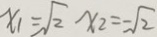
x _ { 1 } = \sqrt { 2 } x _ { 2 } = - \sqrt { 2 }